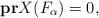
LaTeX: \begin{align*}\bold{pr}X(F_{\alpha})=0,\end{align*}